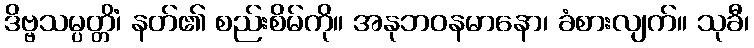
ဒိဗ္ဗသမ္ပတ္တိံ၊ နတ်၏ စည်းစိမ်ကို။ အနုဘဝနမာနော၊ ခံစားလျက်။ သုခီ၊